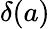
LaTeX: \delta(a)